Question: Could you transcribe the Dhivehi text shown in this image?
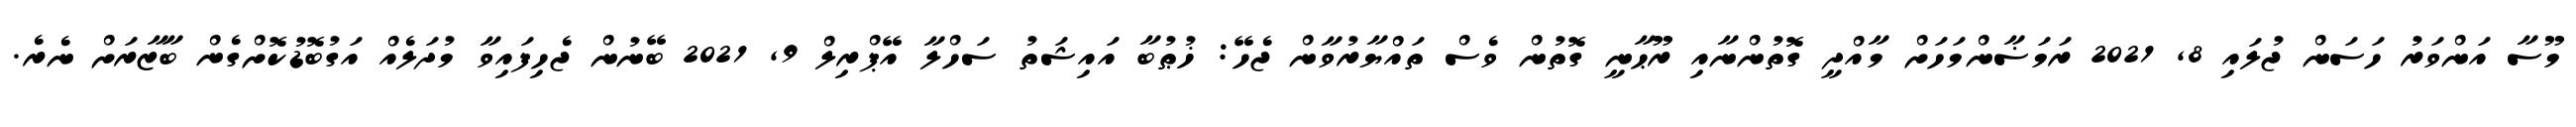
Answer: މޫސާ އަންވަރު ހަސަން ޖުލައި 8, 2021 ރަމަޟާންމަހަށް މާއްދީ ގޮތުންނާއި ރޫޙާނީ ގޮތުން ވެސް ތައްޔާރުވާން ޖެހޭ: ޚުޠުބާ އައިޝަތު ސަހްލާ އޭޕްރިލް 9, 2021 ބޭނުން ޖެހިފައިވާ މުދަލެއް އަގުބޮޑުކޮށްގެން ބާޒާރަށް ނެރެ.